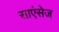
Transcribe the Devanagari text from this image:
साएंसेज